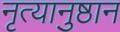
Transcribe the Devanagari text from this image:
नृत्यानुष्ठान